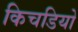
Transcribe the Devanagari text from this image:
किचडियो